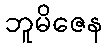
ဘူမိဇေန